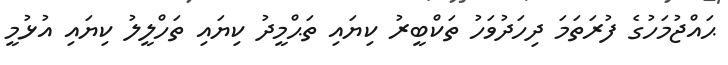
ޙައްޖުމަހުގެ ފުރަތަމަ ދިހަދުވަހު ތަކްބީރު ކިޔައި ތަޙްމީދު ކިޔައި ތަހްލީލު ކިޔައި އުޅުމީ